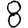
Digit: 8